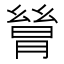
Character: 𬂋